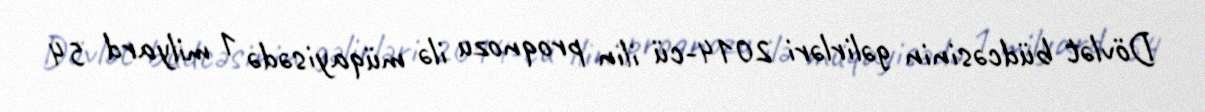
Dövlət büdcəsinin gəlirləri 2014-cü ilin proqnozu ilə müqayisədə 1 milyard 54